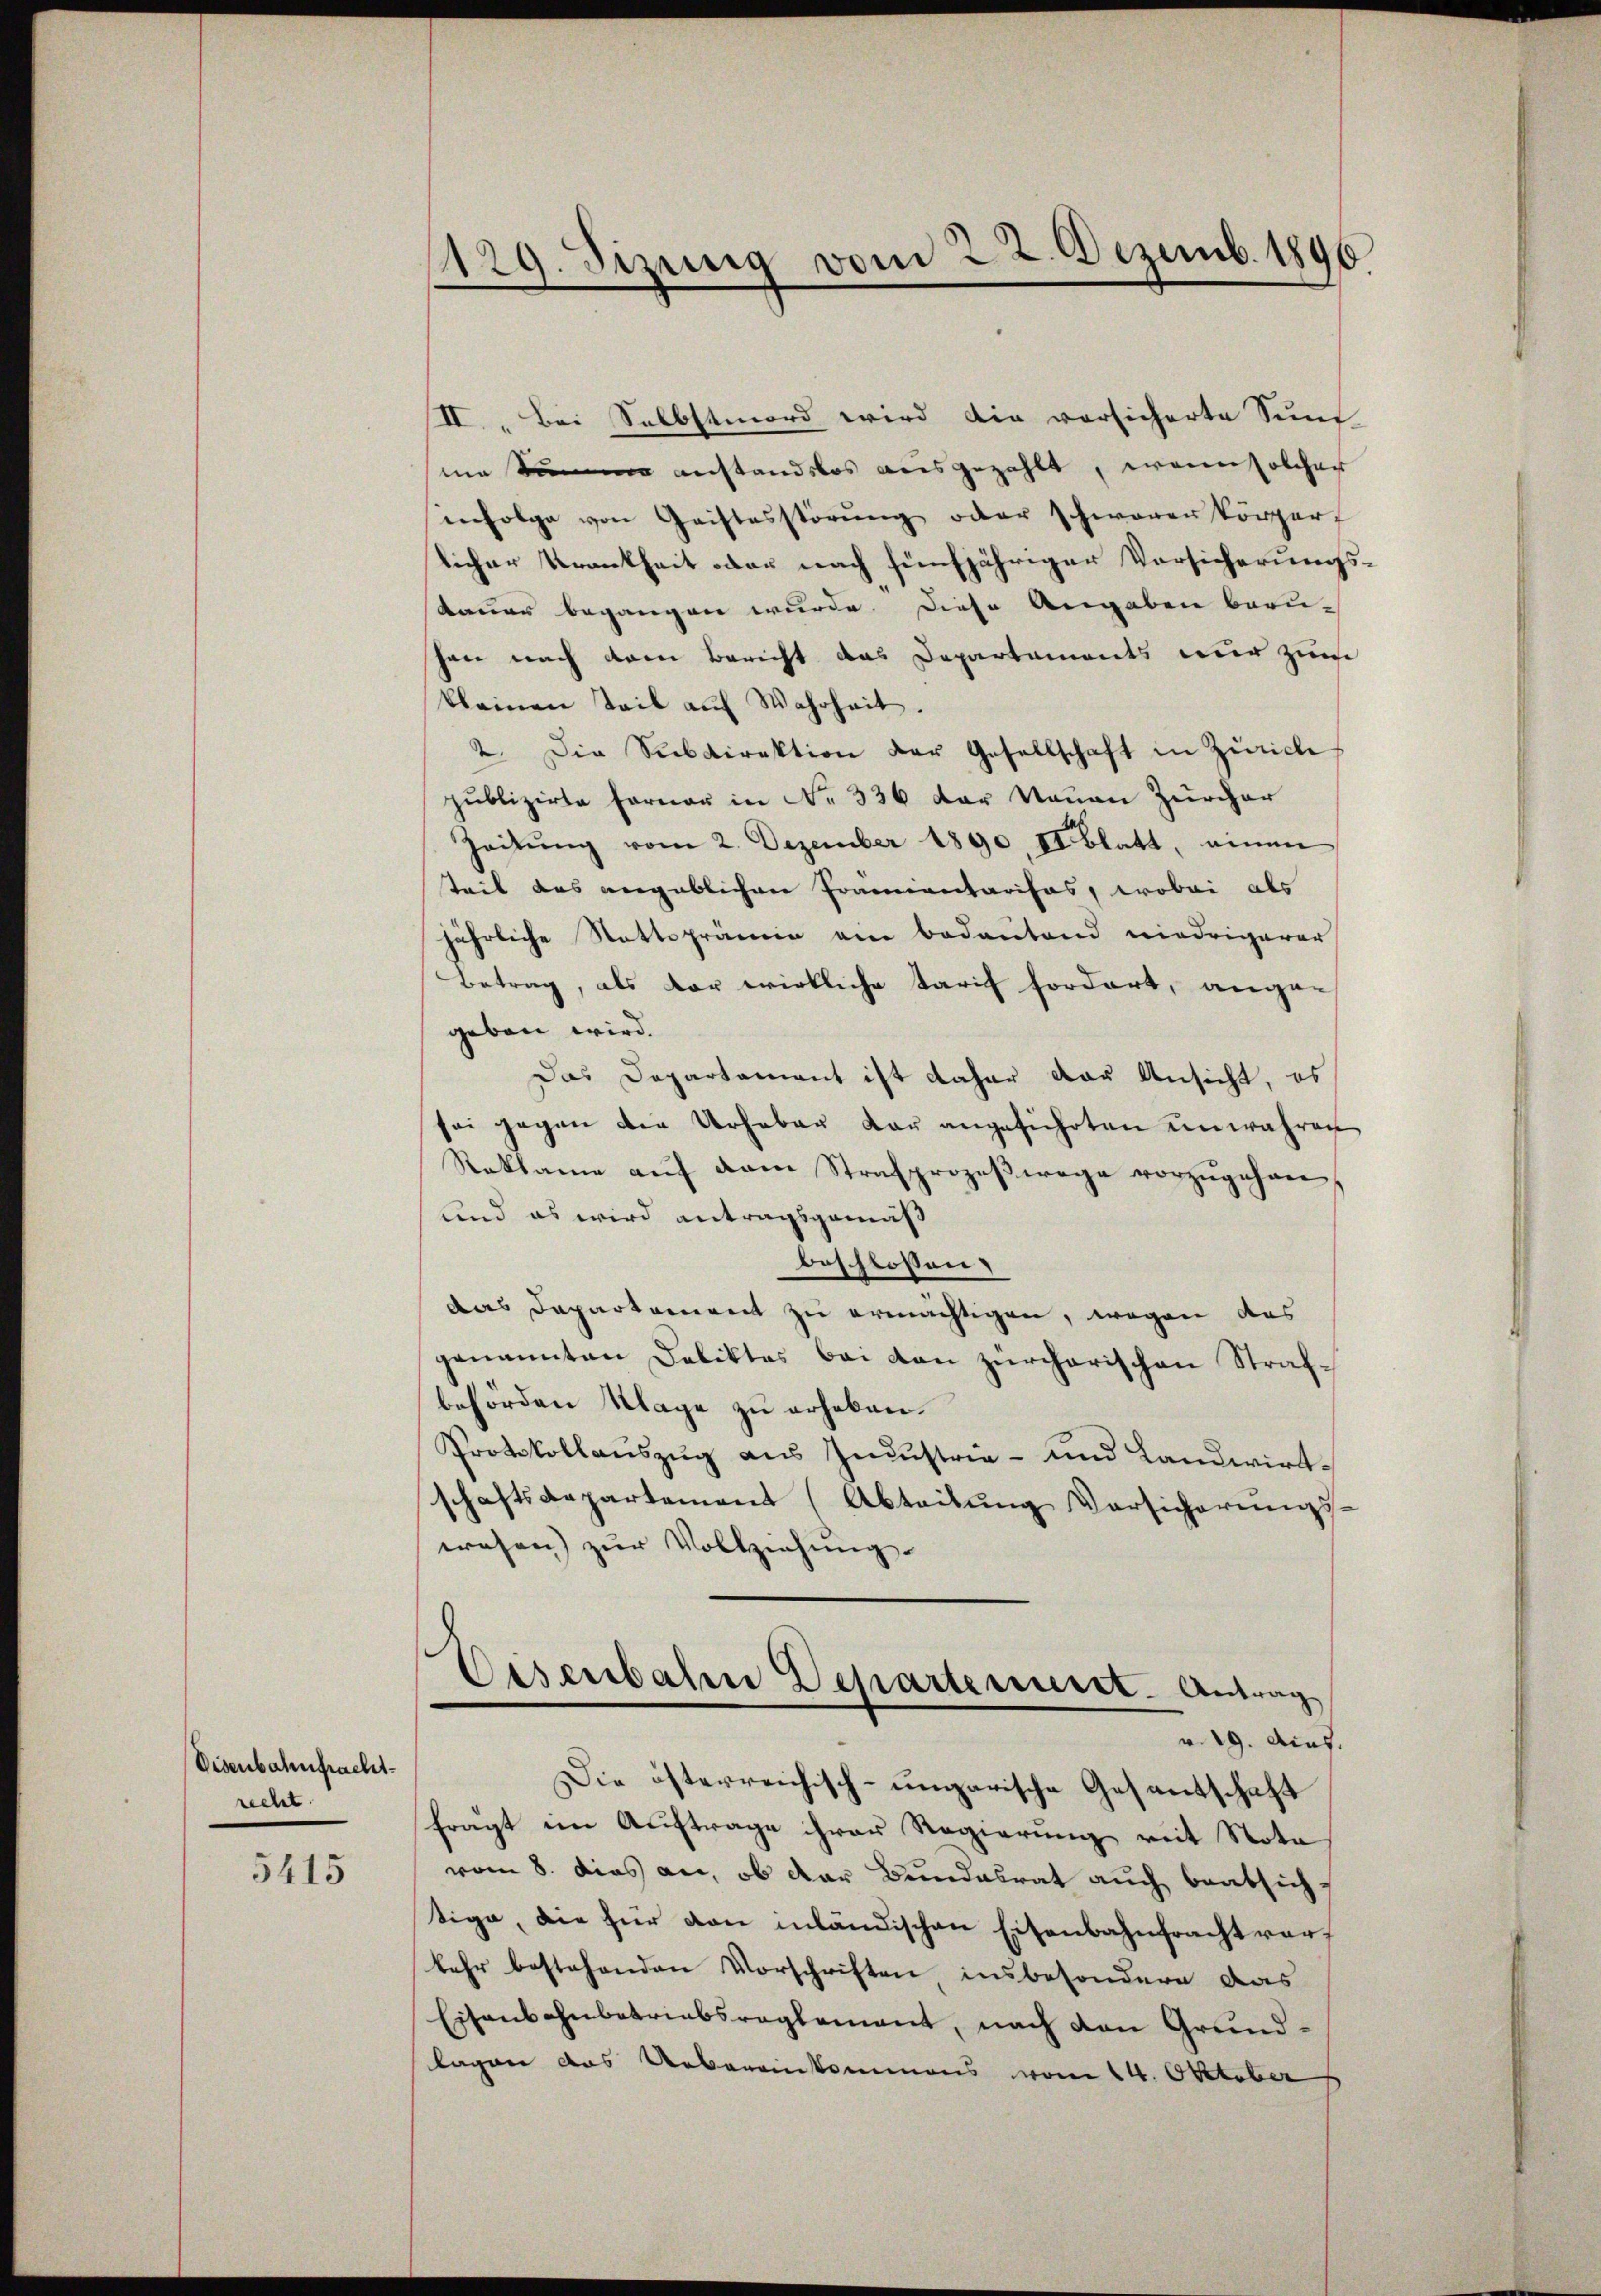
Disenbahnpracht.
recht.

5415

.

1129. Sizung vom 22. Dezemb. 1896

II. Bei Selbstmord wird die vorsicherte Sum
me Summe anstandslos ausgezahlt, wenn solcher
infolge von Geistesstörŭng oder schwaren körper
licher Krankheit oder nach fünfjähriger Vorsicherungskauer begangen wurde. Diese Angaben beru-
hen nach dem Bericht das Departaments nur zum
kleinen Teil aŭf Wahrheit.
2. Die Subdirektion der Gesellschaft in Zürich
publizirte Ferner in Nr. 336 der Nauen Zürcher
Zeitŭng vom 2. Dezember 1890. II blatt, einen
teil das angeblichen Pramentarisas, wobei als
jährliche Stattsprämie am bedeutend niedrigerer
Betrag, als vor wirkliche Tarif fordert, ange-
geben wird.
Das Departament ist daher das Ansicht, es
sei gegen die Urhaber dar angeführten unwahren
Raklame aŭf dem Strafprozeβwage vorzŭgehen,
und es wird antragsgemäß
beschlossen:
das Departement zu ermächtigen, wegen das
genannten Deliktes bei den zürcherischen Strafbehörden Klage zu erheben.
Protokollauszug aus Industrie- und Landwirtschaftsdepartement (Abteilung Vorsicherŭngs-
wesen) zur Vollziehung.
e
Eisenbahre Departeniret. Antrag
v. 29. Aug.
Die österreichisch-ungarische Gesantschaft
fragt im Auftrage ihrer Regierung mit Nota
vom 8. dies an, ob der Bundesrat auch beabsich
tige, die für von inländischen Eisenbahnfracht verkehr bestehenden Vorschriften insbesondere das
Eisenbahnbetriebsreglement, nach den Grundlagen das Uebereinkommens vom 14. Oktober